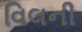
વિલની